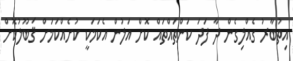
އިތުބާރު ގެއްލިގެން ދާ ފަދަ ކަންތައްތައް ކޮށް އަލުން އެކަމަކީ ކުށެއްކަމަށް ޤަބޫލުކޮށް